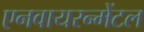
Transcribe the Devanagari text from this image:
एनवायरन्मेंटल